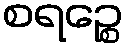
စရဉ္စေ